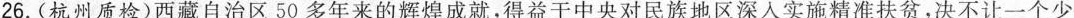
26. (杭州质检)西藏自治区50多年来的辉煌成就，得益于中央对民族地区深入实施精准扶贫，决不让一个少